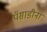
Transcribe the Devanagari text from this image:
पॅसाडीना